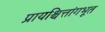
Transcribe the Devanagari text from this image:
प्रायश्चित्तांगभूत